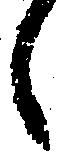
し